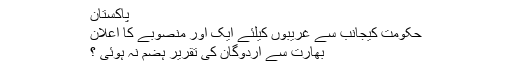
پاکستان
حکومت کیجانب سے غریبوں کیلئے ایک اور منصوبے کا اعلان
بھارت سے اردوگان کی تقریر ہضم نہ ہوئی ؟